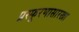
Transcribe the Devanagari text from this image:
प्रस्फूरणासारखा